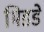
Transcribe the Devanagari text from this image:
मिडडे